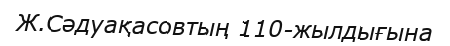
Ж.Сәдуақасовтың 110-жылдығына